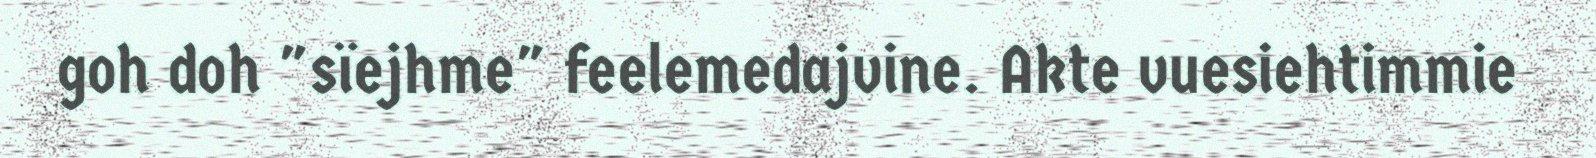
goh doh "sïejhme" feelemedajvine. Akte vuesiehtimmie